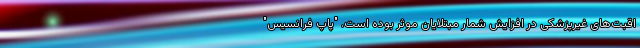
اقبت‌های غیرپزشکی در افزایش شمار مبتلایان موثر بوده است. "پاپ فرانسیس"